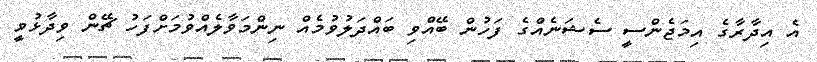
އެ އިދާރާގެ އިމަޖެންސީ ސެޝަނެއްގެ ފަހުން ބޭއްވި ބައްދަލުވުމެއް ނިންމަވާލެއްވުމަށްފަހު ޗޭން ވިދާޅުވީ